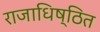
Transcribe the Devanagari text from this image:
राजाधिष्ठित